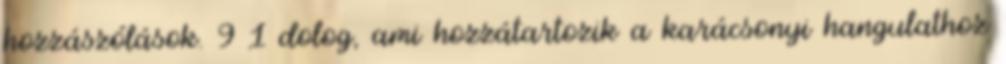
hozzászólások. 9 1 dolog, ami hozzátartozik a karácsonyi hangulathoz